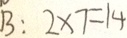
B : 2 \times 7 = 1 4